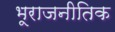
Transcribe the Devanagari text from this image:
भूराजनीतिक